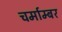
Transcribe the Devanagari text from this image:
चर्माम्बर